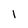
Character: 1